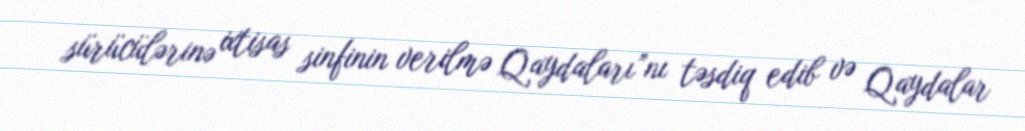
sürücülərinə ixtisas sinfinin verilmə Qaydaları”nı təsdiq edib və Qaydalar